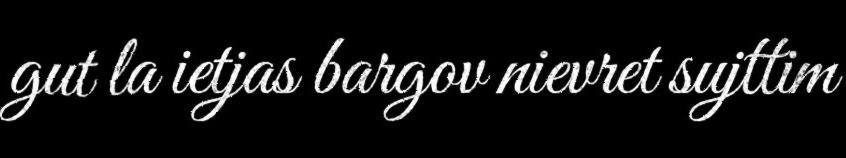
gut la ietjas bargov nievret sujttim